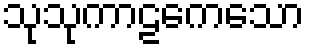
သုသုကာဠကေသော